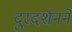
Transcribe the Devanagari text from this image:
दुरदर्शनने